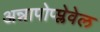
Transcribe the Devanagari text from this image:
अन्नापोप्प्लेवेल